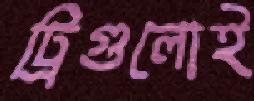
ট্রিগুলোই